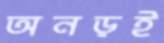
অনড়ই